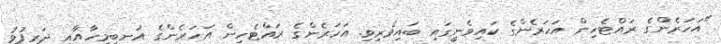
"އަހަރެންގެ ރައްޓެހިން އަހަރެންގެ ކައިވެނީގައި ބައިވެރިވި. އަހަރެންގެ ރައްޓެހިން އަހަރެންގެ އަނބިމީހާއާއި ދަރިފުޅު